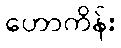
ဟောကိန်း